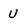
Character: U